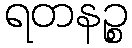
ရတနဉ္စ